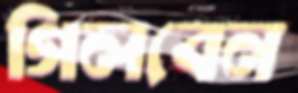
গিলবেন